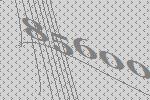
85600